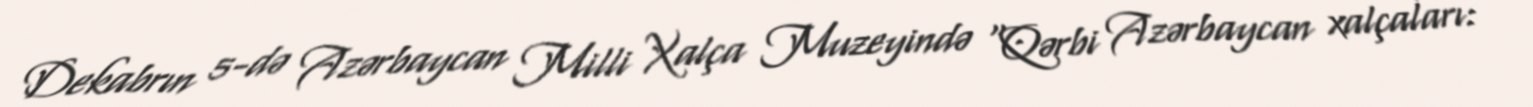
Dekabrın 5-də Azərbaycan Milli Xalça Muzeyində “Qərbi Azərbaycan xalçaları: